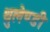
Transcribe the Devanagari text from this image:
थुलेण्डी